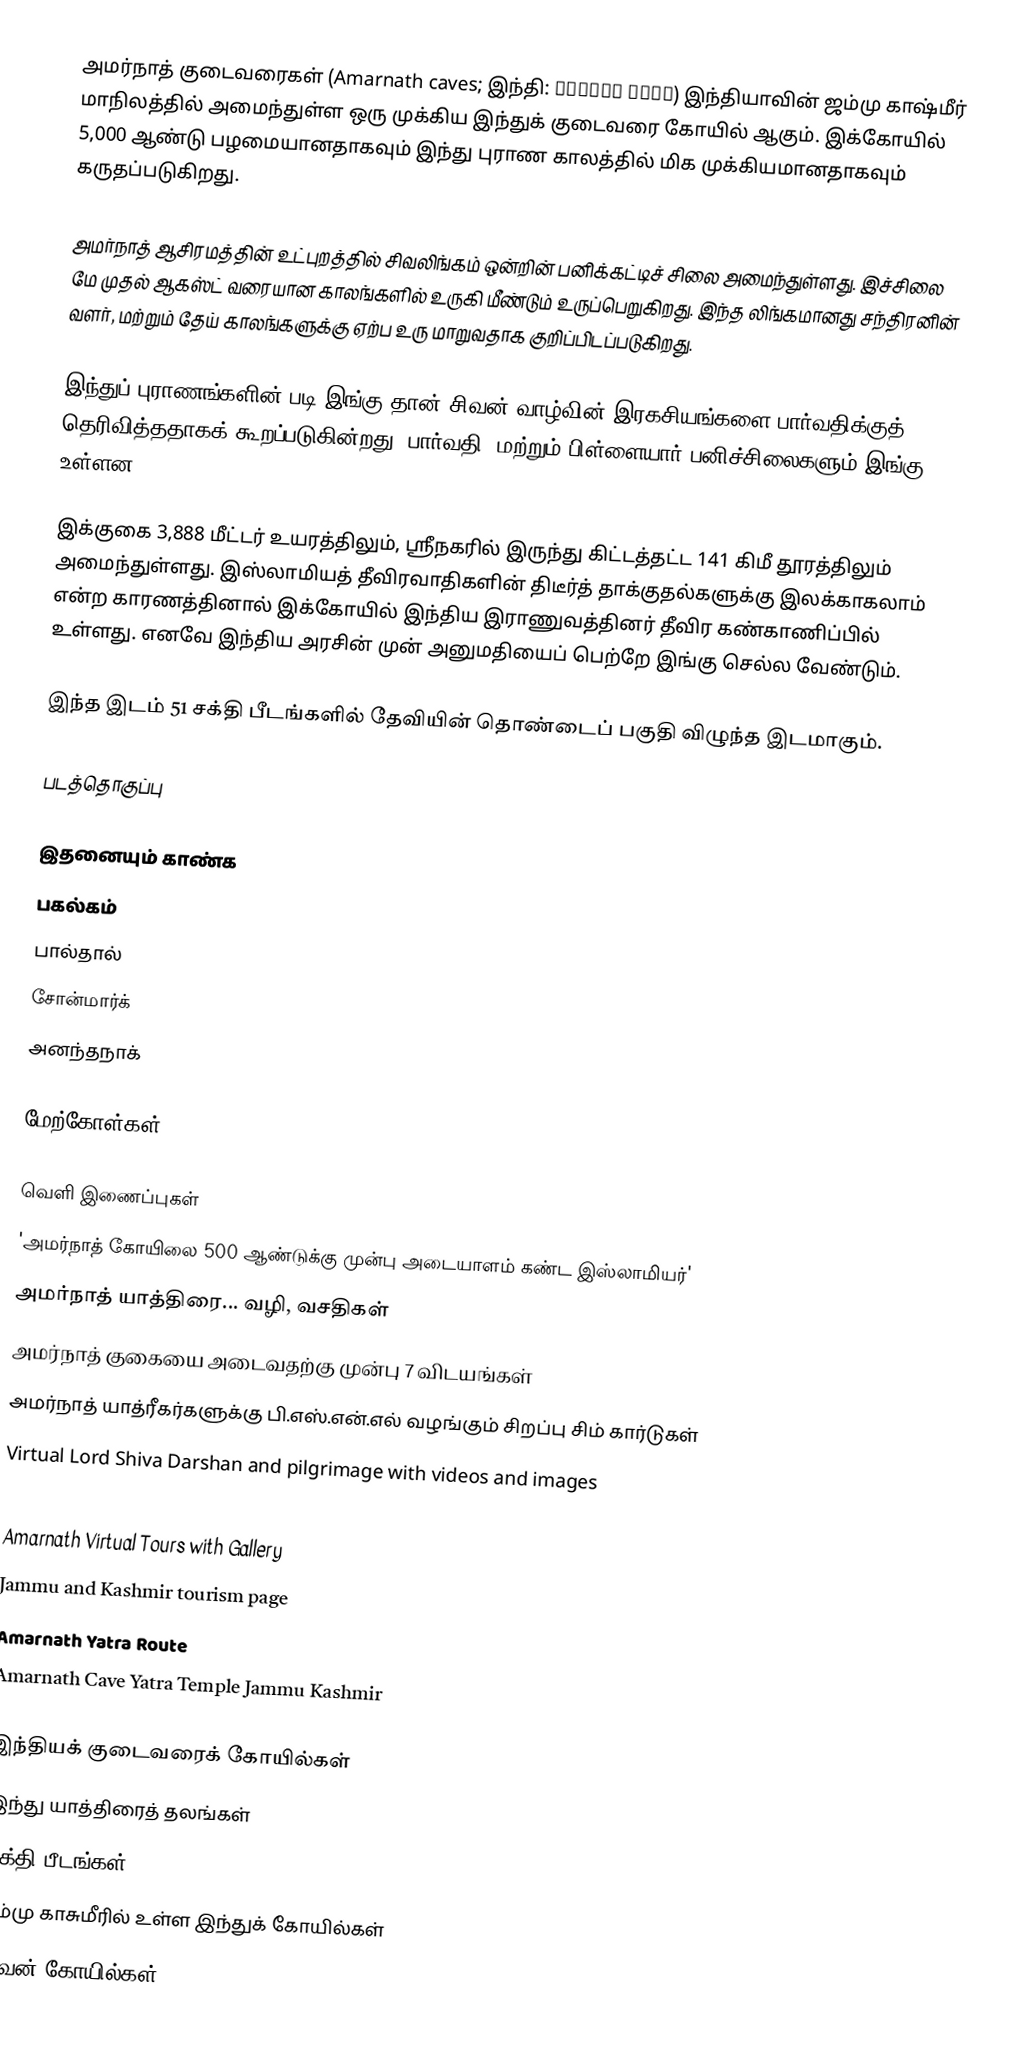
அமர்நாத் குடைவரைகள் (Amarnath caves; இந்தி: अमरनाथ गुफा) இந்தியாவின் ஜம்மு காஷ்மீர் மாநிலத்தில் அமைந்துள்ள ஒரு முக்கிய இந்துக் குடைவரை கோயில் ஆகும். இக்கோயில் 5,000 ஆண்டு பழமையானதாகவும் இந்து புராண காலத்தில் மிக முக்கியமானதாகவும் கருதப்படுகிறது.

அமர்நாத் ஆசிரமத்தின் உட்புறத்தில் சிவலிங்கம் ஒன்றின் பனிக்கட்டிச் சிலை அமைந்துள்ளது. இச்சிலை மே முதல் ஆகஸ்ட் வரையான காலங்களில் உருகி மீண்டும் உருப்பெறுகிறது. இந்த லிங்கமானது சந்திரனின் வளர், மற்றும் தேய் காலங்களுக்கு ஏற்ப உரு மாறுவதாக குறிப்பிடப்படுகிறது.

இந்துப் புராணங்களின் படி இங்கு தான் சிவன் வாழ்வின் இரகசியங்களை பார்வதிக்குத் தெரிவித்ததாகக் கூறப்படுகின்றது. பார்வதி, மற்றும் பிள்ளையார் பனிச்சிலைகளும் இங்கு உள்ளன.

இக்குகை 3,888 மீட்டர் உயரத்திலும், ஸ்ரீநகரில் இருந்து கிட்டத்தட்ட 141 கிமீ தூரத்திலும் அமைந்துள்ளது. இஸ்லாமியத் தீவிரவாதிகளின் திடீர்த் தாக்குதல்களுக்கு இலக்காகலாம் என்ற காரணத்தினால் இக்கோயில் இந்திய இராணுவத்தினர் தீவிர கண்காணிப்பில் உள்ளது. எனவே இந்திய அரசின் முன் அனுமதியைப் பெற்றே இங்கு செல்ல வேண்டும்.

இந்த இடம் 51 சக்தி பீடங்களில் தேவியின் தொண்டைப் பகுதி விழுந்த இடமாகும்.

படத்தொகுப்பு

இதனையும் காண்க
 பகல்கம்
 பால்தால்
 சோன்மார்க்
 அனந்தநாக்

மேற்கோள்கள்

வெளி இணைப்புகள்
 'அமர்நாத் கோயிலை 500 ஆண்டுக்கு முன்பு அடையாளம் கண்ட இஸ்லாமியர்'
அமர்நாத் யாத்திரை... வழி, வசதிகள்
அமர்நாத் குகையை அடைவதற்கு முன்பு 7 விடயங்கள்
  அமர்நாத் யாத்ரீகர்களுக்கு பி.எஸ்.என்.எல் வழங்கும் சிறப்பு சிம் கார்டுகள்
 Virtual Lord Shiva Darshan and pilgrimage with videos and images
 The temple's homepage managed by the temple trust
 Amarnath Virtual Tours with Gallery
 Jammu and Kashmir tourism page
 Amarnath Yatra Route
 Amarnath Cave Yatra Temple Jammu Kashmir

இந்தியக் குடைவரைக் கோயில்கள்
இந்து யாத்திரைத் தலங்கள்
சக்தி பீடங்கள்
சம்மு காசுமீரில் உள்ள இந்துக் கோயில்கள்
சிவன் கோயில்கள்